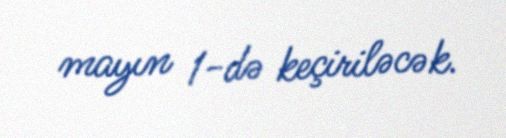
mayın 1-də keçiriləcək.